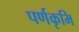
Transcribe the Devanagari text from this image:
पर्णकृमि